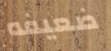
ضعيفه